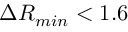
\Delta R _ { m i n } < 1 . 6